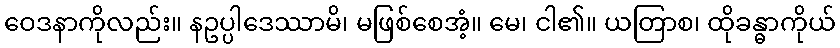
ဝေဒနာကိုလည်း။ နဥပ္ပါဒေဿာမိ၊ မဖြစ်စေအံ့။ မေ၊ ငါ၏။ ယတြာစ၊ ထိုခန္ဓာကိုယ်